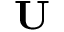
\mathbf U